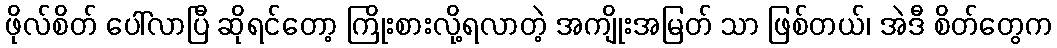
ဖိုလ်စိတ် ပေါ်လာပြီ ဆိုရင်တော့ ကြိုးစားလို့ရလာတဲ့ အကျိုးအမြတ် သာ ဖြစ်တယ်၊ အဲဒီ စိတ်တွေက